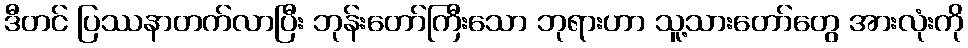
ဒီတင် ပြဿနာတက်လာပြီး ဘုန်းတော်ကြီးသော ဘုရားဟာ သူ့သားတော်တွေ အားလုံးကို